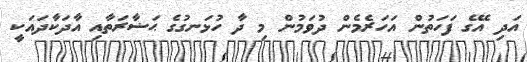
އަދި އޭގެ ފަހަތުން އަހަރެމެން ދުވަމުން މި ދާ ހުޅަނގުގެ ޙަޟާރަތާއި އާދަކާދައަކީ